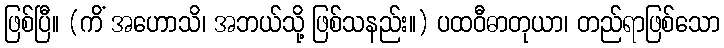
ဖြစ်ပြီ။ (ကိံ အဟောသိ၊ အဘယ်သို့ ဖြစ်သနည်း။) ပထဝီဓာတုယာ၊ တည်ရာဖြစ်သော